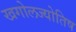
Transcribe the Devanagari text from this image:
खगोलज्योतिष